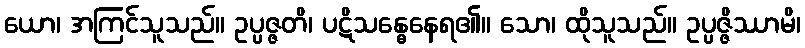
ယော၊ အကြင်သူသည်။ ဥပ္ပဇ္ဇတိ၊ ပဋိသန္ဓေနေရ၏။ သော၊ ထိုသူသည်။ ဥပ္ပဇ္ဇိဿာမိ၊